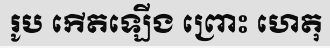
រូប កើតឡើង ព្រោះ ហេតុ